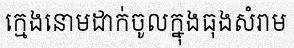
ក្មេងនោមដាក់ចូលក្នុងធុងសំរាម